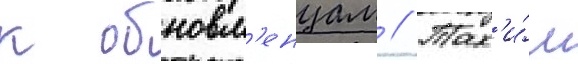
к обновл'енцам // Так'и́м